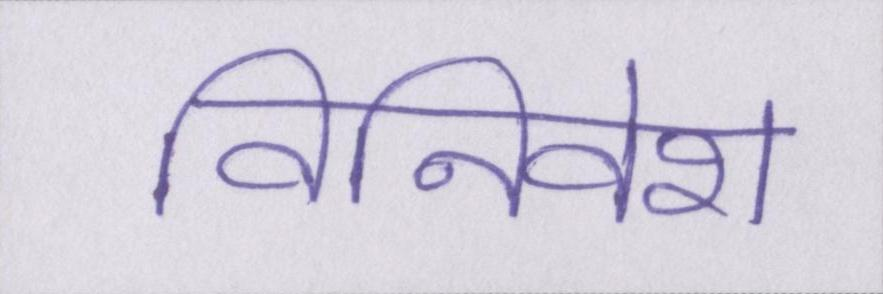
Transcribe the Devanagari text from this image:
विनिवेश